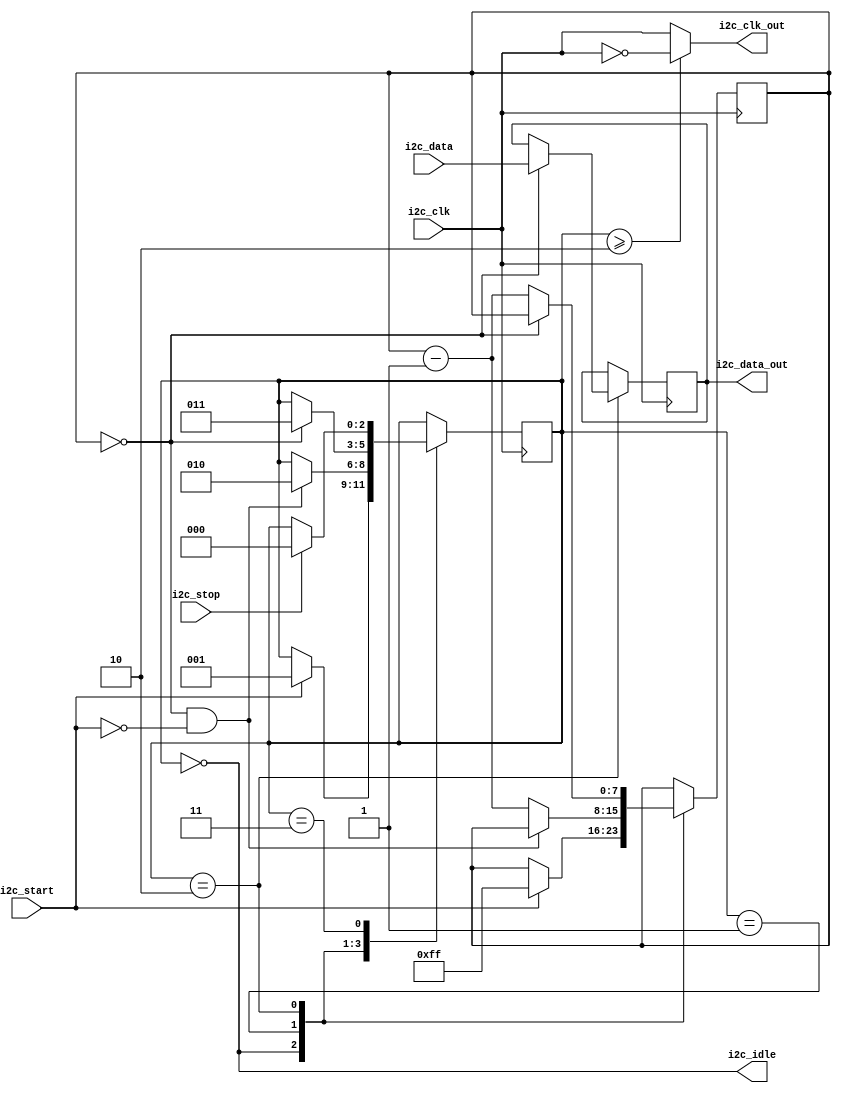
module i2c_timing_control_synchronization (
    input wire i2c_clk,
    input wire i2c_start,
    input wire i2c_stop,
    input wire i2c_data,
    output reg i2c_clk_out,
    output reg i2c_data_out,
    output reg i2c_idle
);

reg [7:0] count;
reg [2:0] state;

parameter IDLE = 3'd0;
parameter START = 3'd1;
parameter DATA = 3'd2;
parameter STOP = 3'd3;

always @(posedge i2c_clk) begin
    case(state)
        IDLE: begin
            if(i2c_start) begin
                count <= 8'hff;
                state <= START;
            end
        end
        START: begin
            if(count == 0 && i2c_start == 0) begin
                state <= DATA;
            end else begin
                count <= count - 1;
            end
        end
        DATA: begin
            if(count == 0) begin
                i2c_data_out <= i2c_data;
                state <= STOP;
            end else begin
                count <= count - 1;
            end
        end
        STOP: begin
            if(i2c_stop) begin
                state <= IDLE;
            end
        end
    endcase
end

always @(*) begin
    i2c_clk_out = (state >= DATA) ? ~i2c_clk : i2c_clk;
    i2c_idle = (state == IDLE);
end

endmodule